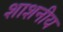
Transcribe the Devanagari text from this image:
शाशनीय